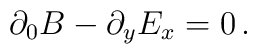
\partial_0 B-\partial_y E_x =0 \, .